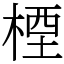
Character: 㮒